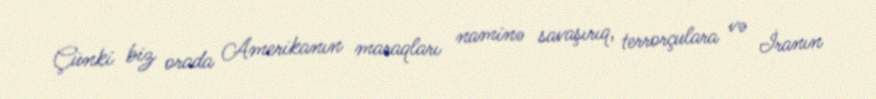
Çünki biz orada Amerikanın maraqları naminə savaşırıq, terrorçulara və İranın